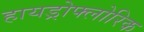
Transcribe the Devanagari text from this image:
हायड्रोफ्लोरिक